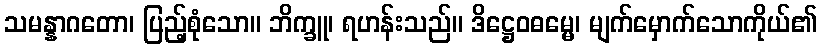
သမန္နာဂတော၊ ပြည့်စုံသော။ ဘိက္ခူ၊ ရဟန်းသည်။ ဒိဋ္ဌေဝဓမ္မေ၊ မျက်မှောက်သောကိုယ်၏